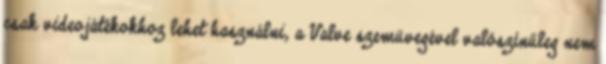
csak videojátékokhoz lehet használni, a Valve szemüvegével valószínűleg nem